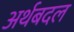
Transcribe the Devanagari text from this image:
अर्थबदल